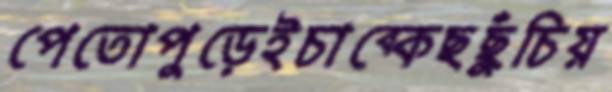
পেতোপুড়েইচাব্‌কেছছুঁচিয়